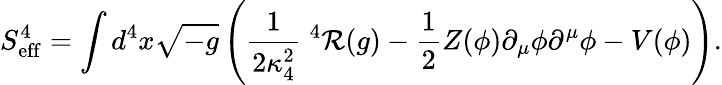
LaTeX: S_{\mathrm{eff}}^{4}=\int d^{4}x\sqrt{-g}\left(\frac{1}{2\kappa_{4}^{2}}\; ^{4}{\cal R}(g)-\frac{1}{2}Z(\phi)\partial_{\mu}\phi\partial^{\mu}\phi-V(\phi)\right).